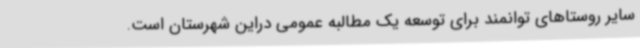
سایر روستاهای توانمند برای توسعه یک مطالبه عمومی دراین شهرستان است.